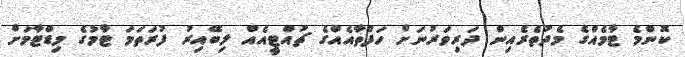
ކޮންމެ ޓާމެއްގެ މެދުތެރެއިން ދަރިވަރުނަށް ހަފްތާއެއްގެ ޗުއްޓީއެއް ލިބޭއިރު ފުރަތަމަ ޓާމުގެ މިޑްޓާމަށް